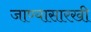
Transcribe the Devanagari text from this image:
जाण्यासारखी